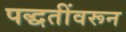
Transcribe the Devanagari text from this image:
पद्धतींवरून